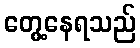
တွေ့နေရသည်